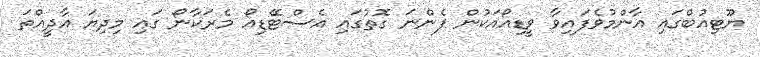
ޔޫޓިއުބްގައި އާންމުވެފައިވާ ވީޑިއޯއަކުން ފެންނަ ގޮތުގައި އެސްޓޭޑިއޯ މެރަކާނޯ ގައި މިދިޔަ އާދީއްތަ